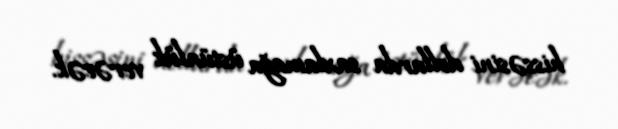
hissəsini dollarda saxlamağa üstünlük verəcək.